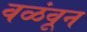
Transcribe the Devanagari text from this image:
वळंवून